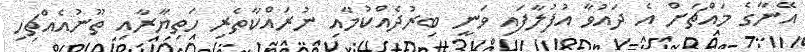
އޭނާގެ މައްޗަށް އެ ދައުވާ އުފުލާފައި ވަނީ ބިރުދެއްކުމާއި ނުރައްކާތެރި ހަތިޔާރާއި ތޫނުއެއްޗިހި